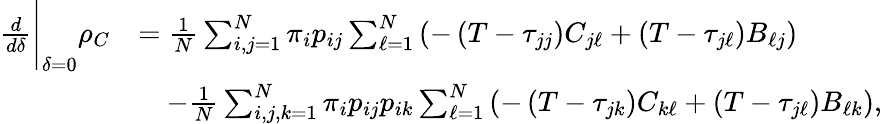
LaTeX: \begin{array}{rl}{\frac{d}{d\delta}\Bigg\vert_{\delta=0}\rho_{C}}&{=\frac{1}{N}\sum_{i,j=1}^{N}\pi_{i}p_{ij}\sum_{\ell=1}^{N}\left(-\left(T-\tau_{jj}\right)C_{j\ell}+\left(T-\tau_{j\ell}\right)B_{\ell j}\right)}\\ &{\quad-\frac{1}{N}\sum_{i,j,k=1}^{N}\pi_{i}p_{ij}p_{ik}\sum_{\ell=1}^{N}\left(-\left(T-\tau_{jk}\right)C_{k\ell}+\left(T-\tau_{j\ell}\right)B_{\ell k}\right),}\end{array}